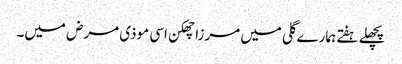
پچھلے ہفتے ہمارے گلی میں مرزا چھکن اسی موذی مرض میں۔